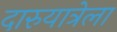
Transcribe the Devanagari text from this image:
दारुयात्रेला